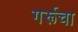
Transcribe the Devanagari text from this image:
गर्रूचा